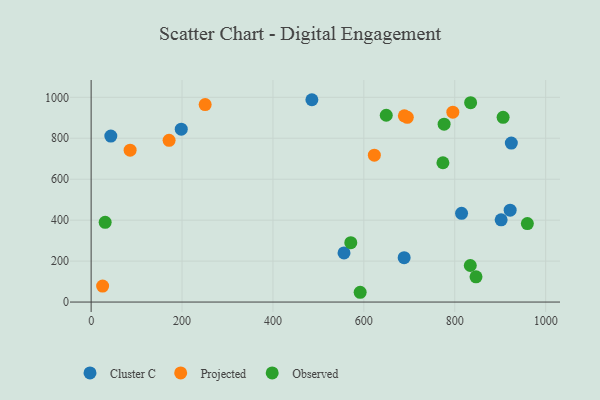
{"axis": {"x": "Investment", "y": "Exam Score"}, "legend": ["Cluster C", "Observed", "Projected"], "data": [{"x": "43.3", "y": 810.9, "type": "Cluster C"}, {"x": "924.5", "y": 776.4, "type": "Cluster C"}, {"x": "815.0", "y": 433.4, "type": "Cluster C"}, {"x": "921.9", "y": 448.8, "type": "Cluster C"}, {"x": "485.7", "y": 988.2, "type": "Cluster C"}, {"x": "902.1", "y": 401.4, "type": "Cluster C"}, {"x": "688.7", "y": 216.8, "type": "Cluster C"}, {"x": "198.3", "y": 844.3, "type": "Cluster C"}, {"x": "556.4", "y": 240.2, "type": "Cluster C"}, {"x": "689.1", "y": 909.4, "type": "Projected"}, {"x": "25.3", "y": 78.1, "type": "Projected"}, {"x": "171.5", "y": 789.9, "type": "Projected"}, {"x": "795.8", "y": 927.2, "type": "Projected"}, {"x": "695.6", "y": 902.4, "type": "Projected"}, {"x": "250.9", "y": 964.6, "type": "Projected"}, {"x": "623.1", "y": 717.6, "type": "Projected"}, {"x": "85.8", "y": 741.7, "type": "Projected"}, {"x": "846.8", "y": 123.2, "type": "Observed"}, {"x": "571.3", "y": 289.8, "type": "Observed"}, {"x": "30.9", "y": 389.2, "type": "Observed"}, {"x": "906.4", "y": 902.1, "type": "Observed"}, {"x": "834.9", "y": 973.9, "type": "Observed"}, {"x": "776.6", "y": 868.8, "type": "Observed"}, {"x": "649.3", "y": 912.3, "type": "Observed"}, {"x": "959.8", "y": 383.2, "type": "Observed"}, {"x": "591.9", "y": 47.8, "type": "Observed"}, {"x": "774.0", "y": 680.4, "type": "Observed"}, {"x": "834.2", "y": 178.5, "type": "Observed"}]}